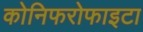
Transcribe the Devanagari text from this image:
कोनिफरोफाइटा